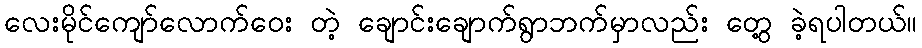
လေးမိုင်ကျော်လောက်ဝေး တဲ့ ချောင်းချောက်ရွာဘက်မှာလည်း တွေ့ ခဲ့ရပါတယ်။